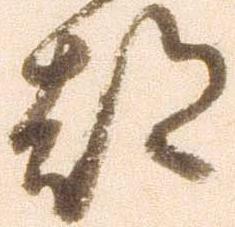
都